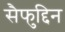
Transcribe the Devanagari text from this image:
सैफुद्दिन